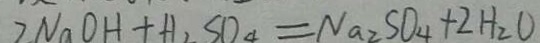
2 N a O H + H _ { 2 } S O _ { 4 } = N a _ { 2 } S O _ { 4 } + 2 H _ { 2 } O